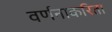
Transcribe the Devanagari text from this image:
वर्णनाकरिता